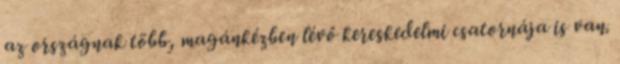
az országnak több, magánkézben lévő kereskedelmi csatornája is van.